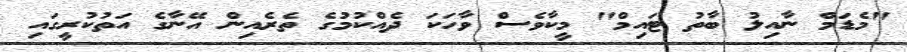
"މެޑަމް ނާއިލު ބާތު ޓައިމް" މީކާވެސް ވާހަކަ ދެއްކުމުގެ ތެރެއިން އޭނާގެ އަތުކުރީގައި